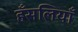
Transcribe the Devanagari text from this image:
हँसलियाँ